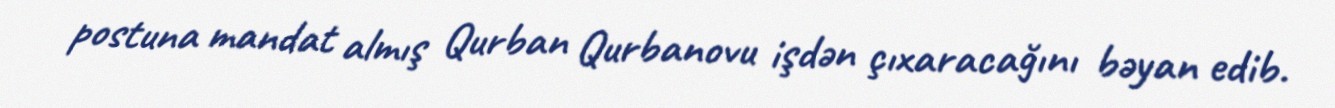
postuna mandat almış Qurban Qurbanovu işdən çıxaracağını bəyan edib.